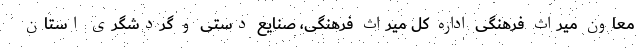
معاون میراث فرهنگی اداره کل میراث فرهنگی، صنایع دستی و گردشگری استان